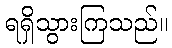
ရရှိသွားကြသည်။